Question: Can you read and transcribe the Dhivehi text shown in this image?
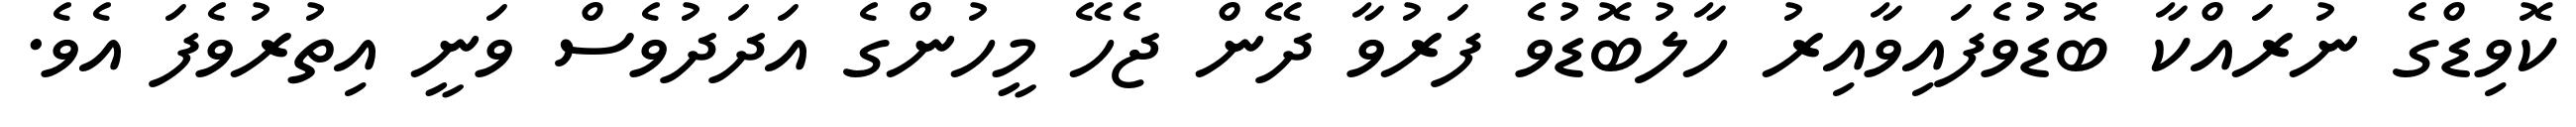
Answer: ކޮވިޑްގެ ނުރައްކާ ބޮޑުވެފައިވާއިރު ހާލުބޮޑުވެ ފަރުވާ ދޭން ޖެހޭ މީހުންގެ އަދަދުވެސް ވަނީ އިތުރުވެފަ އެވެ.